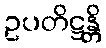
ဥပတိဋ္ဌန္တိ